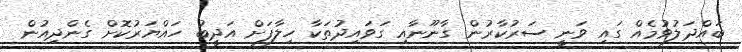
ބައްދަލުވުމެއް ގައި ވަނީ ސަރުކާރުން ގާނޫނާއި ގަވައިދުތަކާ ހިލާފަށް އަދީބު ހައްޔަރުކޮށް ގެންދިއުން